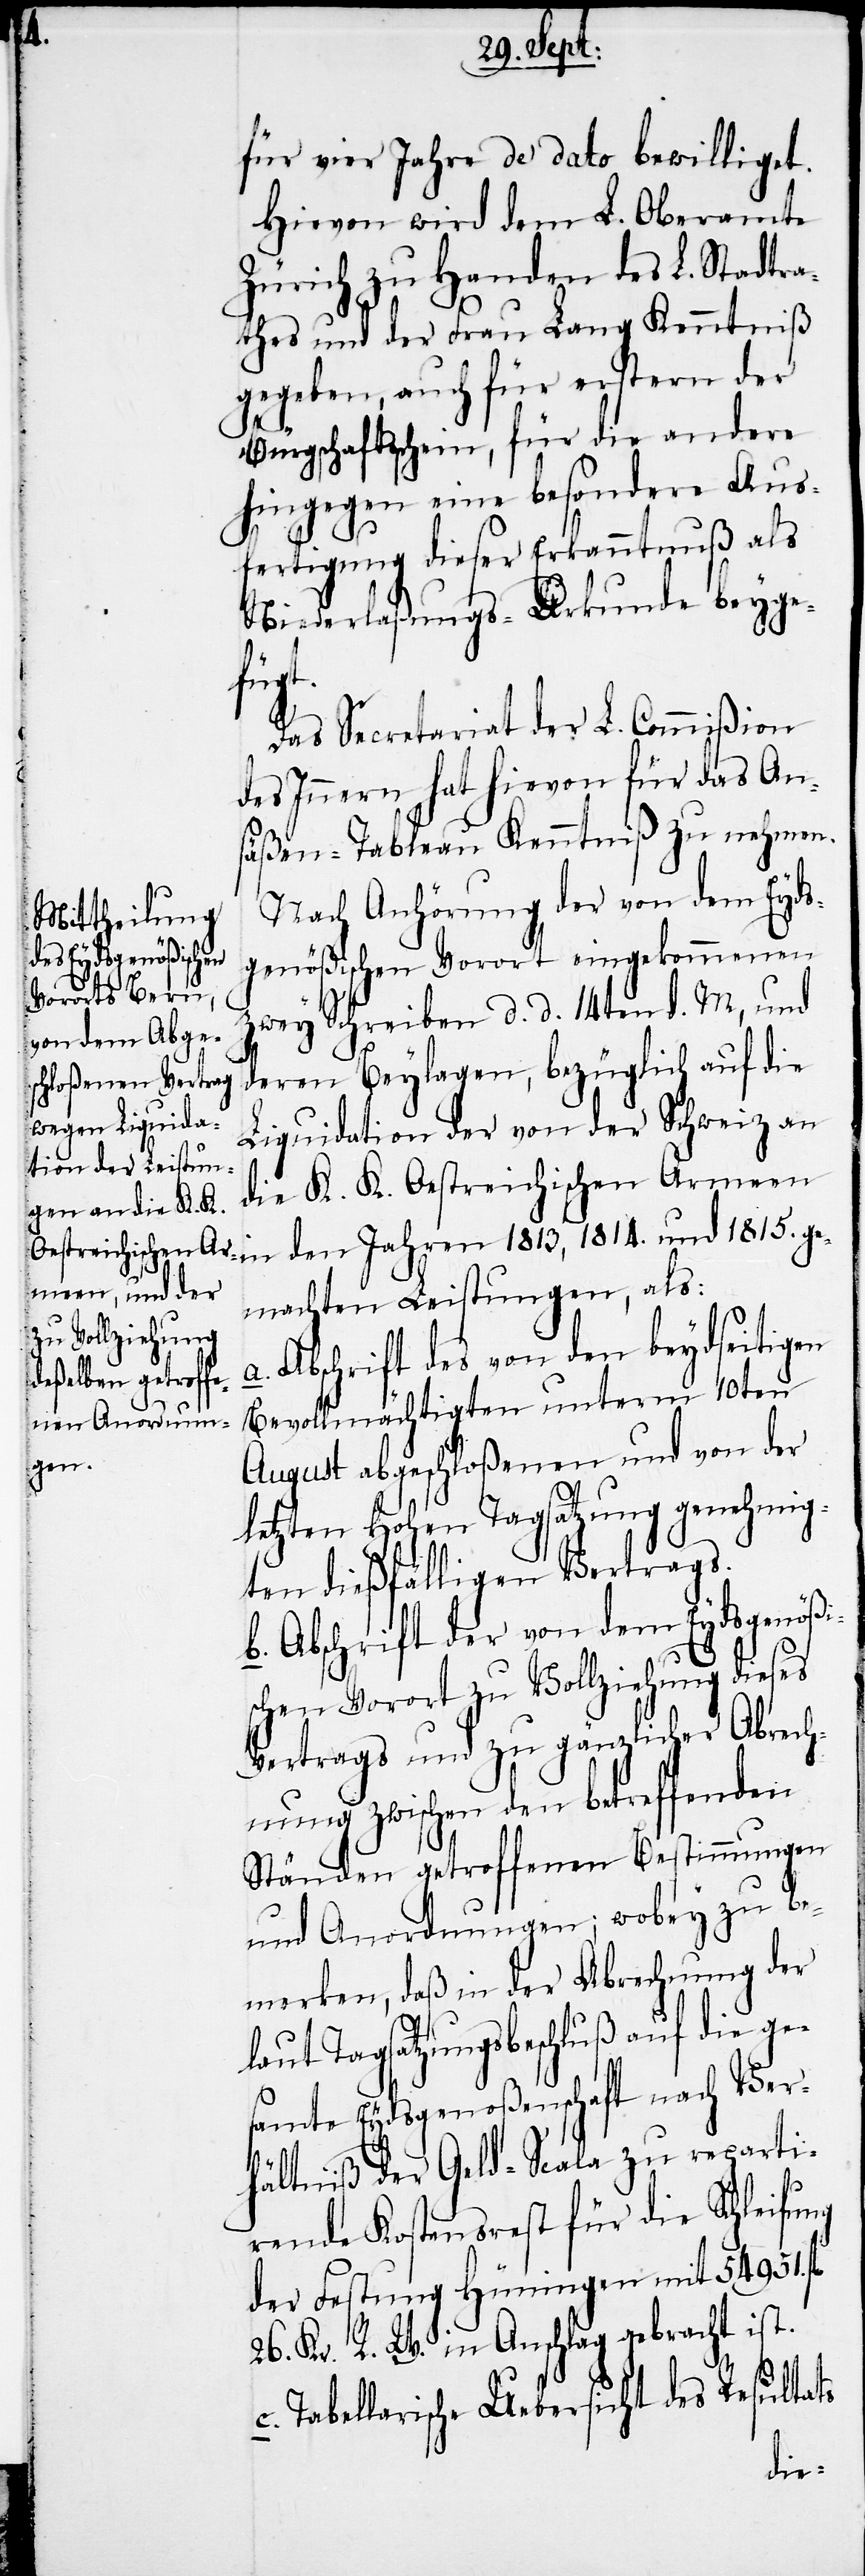
ge¬

für vier Jahre de dato bewilliget.
Hievon wird dem L. Oberamte
Zürich zu Handen des L. Stadtra¬
thes und der Frau Lang [sic!]
gegeben, auch für erstern der
Bürgschaftsschein, für die andere
hingegen eine besondere Aus¬
fertigung dieser Erkanntnuß als
Niederlaßungs-Urkunde beyge¬
fügt.
Das Secretariat der L. Commißion
des Innern hat hievon für das An¬
säßen-Tableau Kenntniß zu nehmen.
Nach Anhörung der von dem Eyds¬
genößischen Vorort eingekommenen
zwey Schreiben d. d. 14ten d. M, und
deren Beylagen, bezüglich auf die
Liquidation der von der Schweiz an
die K. K. Oestreichischen Armeen
machten Leistungen, als:
a. Abschrift des von den beydseitigen
Bevollmächtigten unterm 10ten
August abgeschloßenen und von der
letzten Hohen Tagsatzung genehmig¬
ten dießfälligen Vertrags.
b. Abschrift der von dem Eydsgenößi¬
schen Vorort zu Vollziehung dieses
Vertrags und zu gänzlicher Abrech¬
nung zwischen den betreffenden
Ständen getroffenen Bestimmungen
und Anordnungen; wobey zu be¬
merken, daß in der Abrechnung der
laut Tagsatzungsbeschluß auf die ge¬
samte Eydsgenoßenschaft nach Ver¬
hältniß der Geld-Scala zu reparti¬
rende Kostensrest für die Schleifung
der Festung Hüningen mit 54951. fl
26. Kr. R. W. in Anschlag gebracht ist.
Tabellarische Uebersicht des Resultats
den